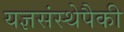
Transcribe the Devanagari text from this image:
यज्ञसंस्थेपैकी